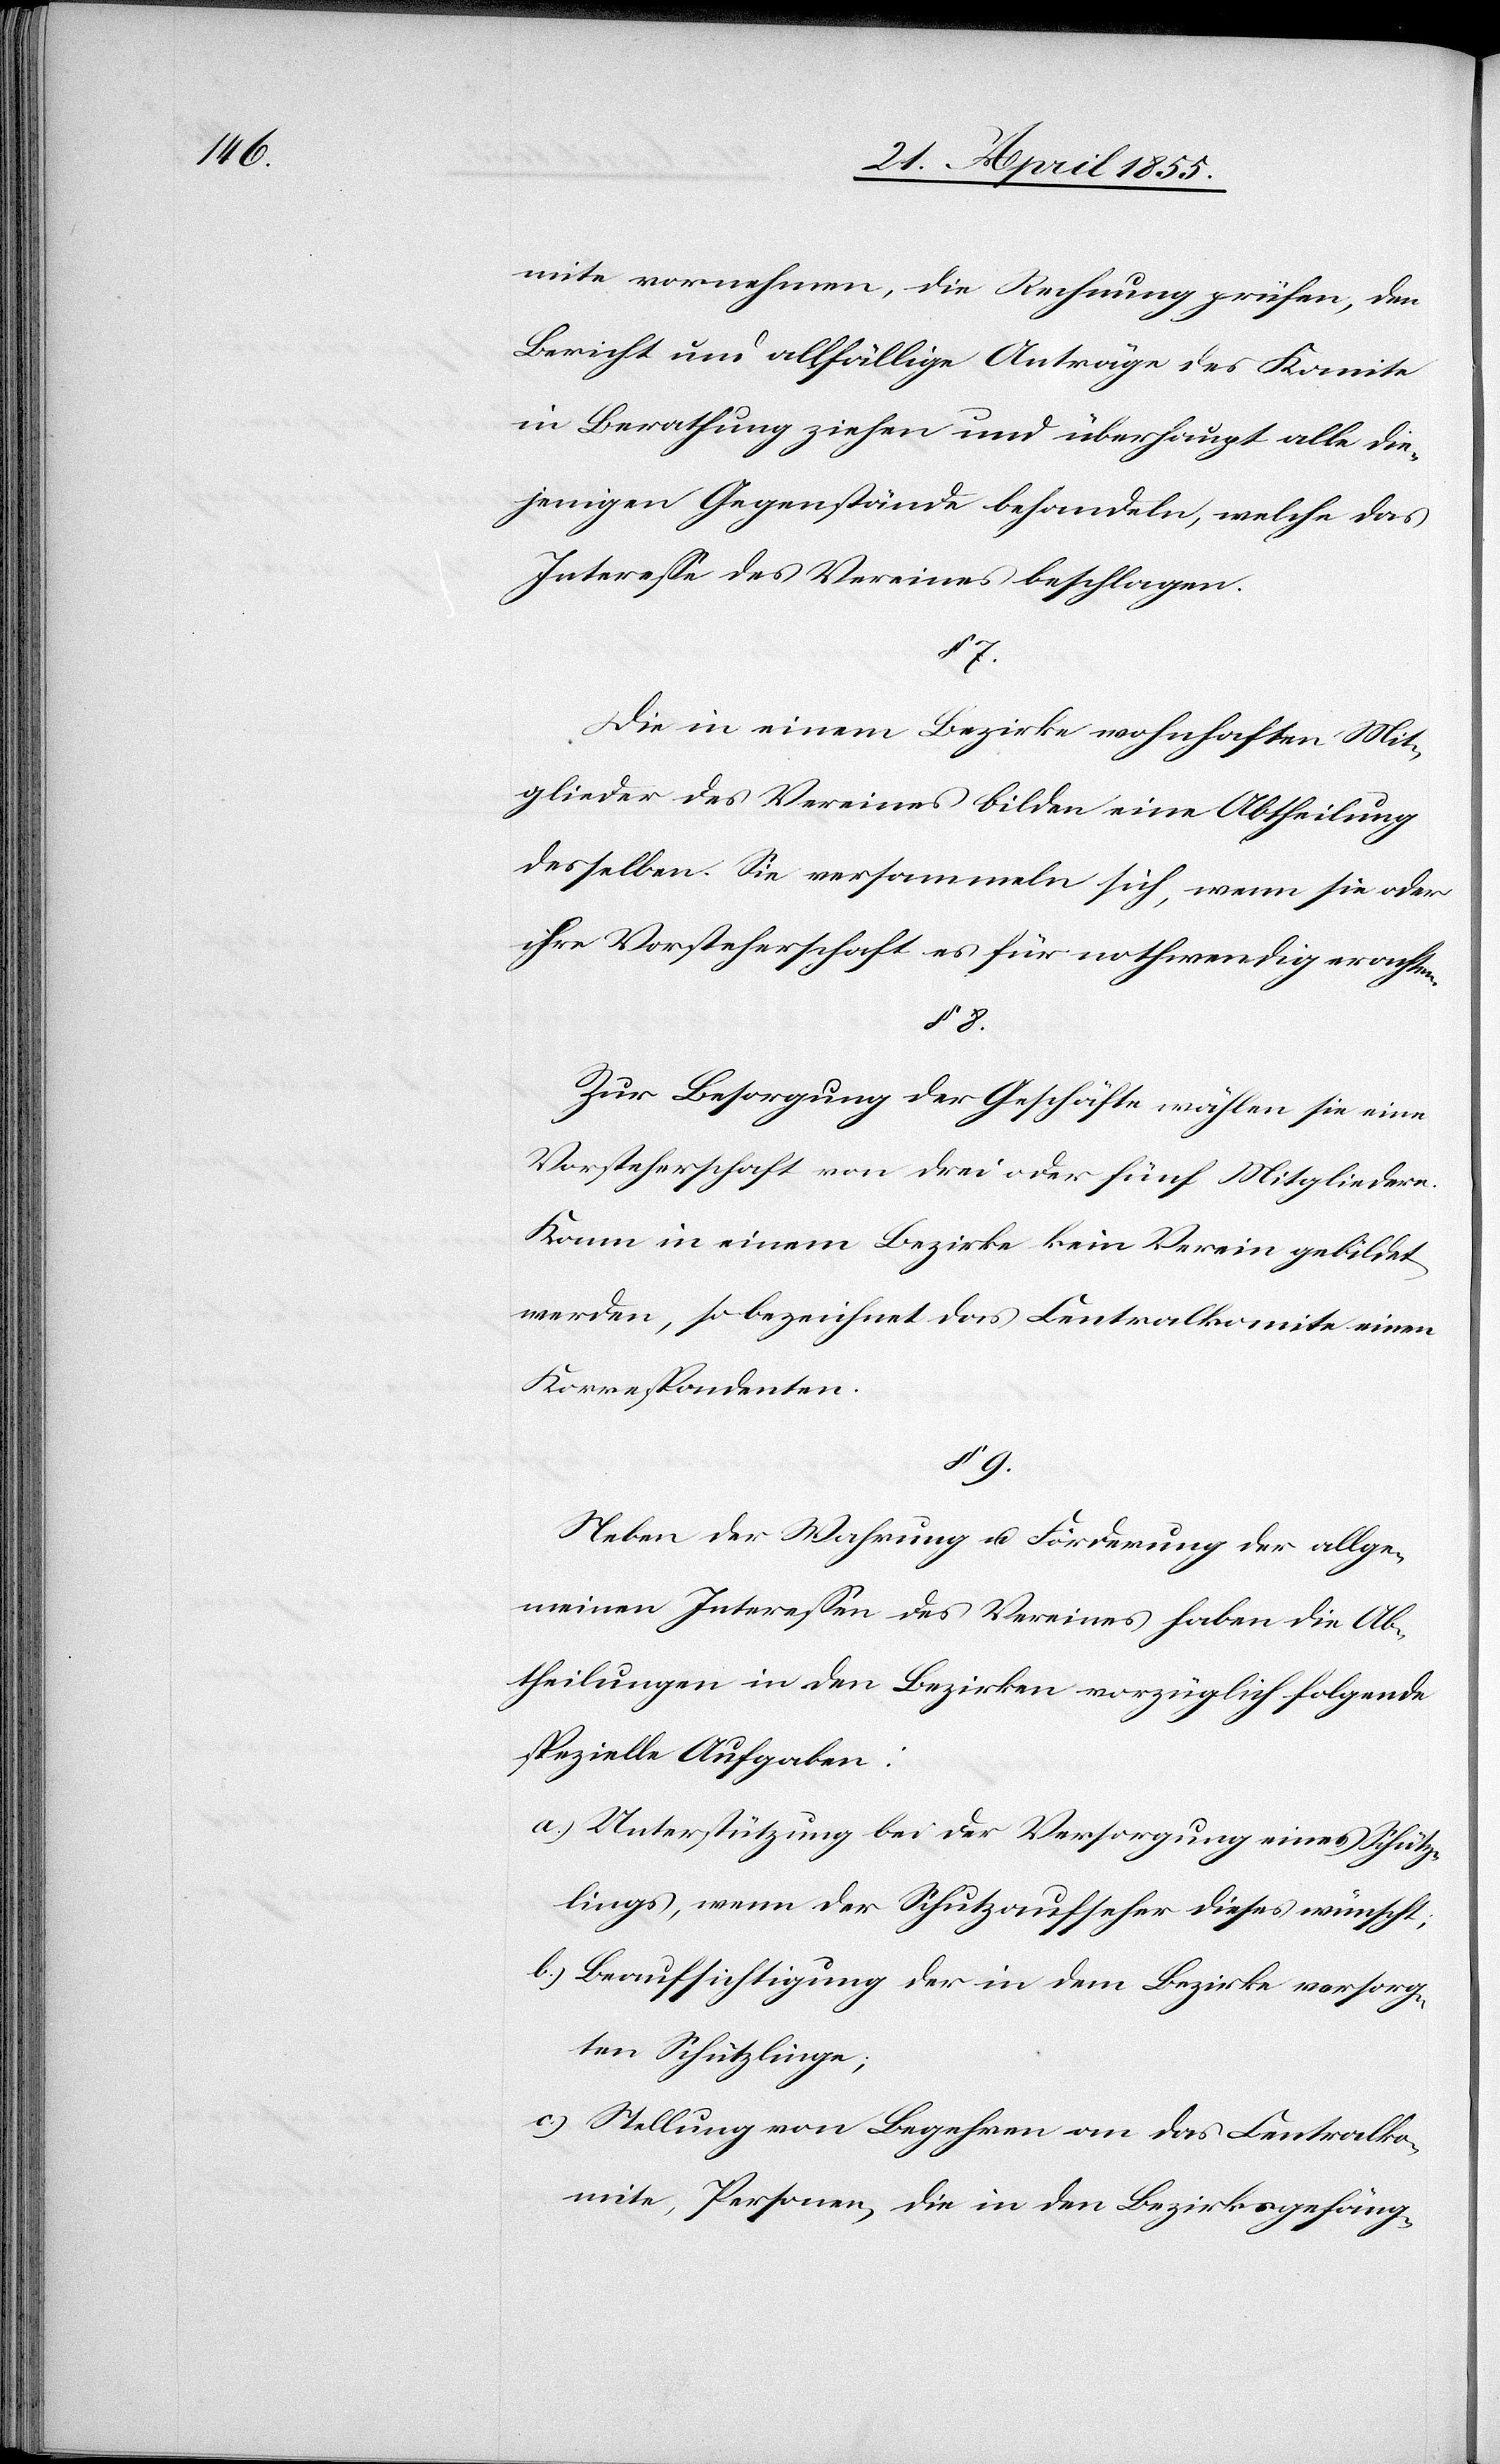
mite vornehmen, die Rechnung prüfen, den
Bericht und allfällige Anträge des Komite
in Berathung ziehen und überhaupt alle die¬
jenigen Gegenstände behandeln, welche das
Interesse des Vereines beschlagen.
§ 7.
Die in einem Bezirke wohnhaften Mit¬
glieder des Vereines bilden eine Abtheilung
desselben. Sie versammeln sich, wenn sie oder
ihre Vorsteherschaft es für nothwendig erachten.
§ 8.
Zur Besorgung der Geschäfte wählen sie eine
Vorsteherschaft von drei oder fünf Mitgliedern.
Kann in einem Bezirke kein Verein gebildet
werden, so bezeichnet das Centralkomite einen
Korrespondenten.
§ 9.
Neben der Wahrung u. Förderung der allge¬
meinen Interessen des Vereines haben die Ab¬
theilungen in den Bezirken vorzüglich folgende
spezielle Aufgaben:
Unterstützung bei der Versorgung eines Schütz¬
lings, wenn der Schutzaufseher dieses wünscht;
Beaufsichtigung der in dem Bezirke versorg¬
ten Schützlinge;
Stellung von Begehren an das Centralko¬
mite, Personen, die in den Bezirksgefäng-